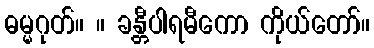
ဓမ္မဂုတ်။ ။ ခန္တီပါရမီကော ကိုယ်တော်။